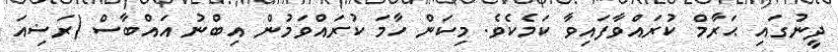
ދީނުގައި ޙަރާމް ކުރައްވާފައިވާ ކަމެކެވެ. މިކަން ހާމަ ކުރައްވަމުން އިބްނު އައްބާސް (ރަޟިއަ